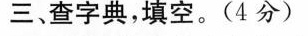
三、查字典，填空。(4分)